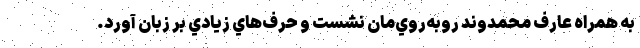
به همراه عارف محمدوند روبه‌روي‌مان نشست و حرف‌هاي زيادي بر زبان آورد.